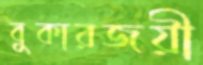
বুকারজয়ী